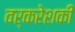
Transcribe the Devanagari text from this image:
वर्करेशकी